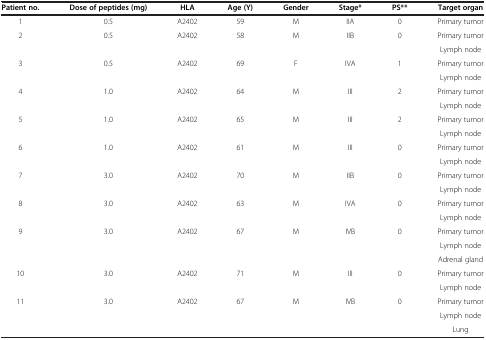
<table><thead><tr><td><b>Patient no.</b></td><td><b>Dose of peptides (mg)</b></td><td><b>HLA</b></td><td><b>Age (Y)</b></td><td><b>Gender</b></td><td><b>Stage*</b></td><td><b>PS**</b></td><td><b>Target organ</b></td></tr></thead><tbody><tr><td>1</td><td>0.5</td><td>A2402</td><td>59</td><td>M</td><td>IIA</td><td>0</td><td>Primary tumor</td></tr><tr><td rowspan="2">2</td><td rowspan="2">0.5</td><td rowspan="2">A2402</td><td rowspan="2">58</td><td rowspan="2">M</td><td rowspan="2">IIB</td><td rowspan="2">0</td><td>Primary tumor</td></tr><tr><td>Lymph node</td></tr><tr><td rowspan="2">3</td><td rowspan="2">0.5</td><td rowspan="2">A2402</td><td rowspan="2">69</td><td rowspan="2">F</td><td rowspan="2">IVA</td><td rowspan="2">1</td><td>Primary tumor</td></tr><tr><td>Lymph node</td></tr><tr><td rowspan="2">4</td><td rowspan="2">1.0</td><td rowspan="2">A2402</td><td rowspan="2">64</td><td rowspan="2">M</td><td rowspan="2">III</td><td rowspan="2">2</td><td>Primary tumor</td></tr><tr><td>Lymph node</td></tr><tr><td rowspan="2">5</td><td rowspan="2">1.0</td><td rowspan="2">A2402</td><td rowspan="2">65</td><td rowspan="2">M</td><td rowspan="2">III</td><td rowspan="2">2</td><td>Primary tumor</td></tr><tr><td>Lymph node</td></tr><tr><td rowspan="2">6</td><td rowspan="2">1.0</td><td rowspan="2">A2402</td><td rowspan="2">61</td><td rowspan="2">M</td><td rowspan="2">III</td><td rowspan="2">0</td><td>Primary tumor</td></tr><tr><td>Lymph node</td></tr><tr><td rowspan="2">7</td><td rowspan="2">3.0</td><td rowspan="2">A2402</td><td rowspan="2">70</td><td rowspan="2">M</td><td rowspan="2">IIB</td><td rowspan="2">0</td><td>Primary tumor</td></tr><tr><td>Lymph node</td></tr><tr><td rowspan="2">8</td><td rowspan="2">3.0</td><td rowspan="2">A2402</td><td rowspan="2">63</td><td rowspan="2">M</td><td rowspan="2">IVA</td><td rowspan="2">0</td><td>Primary tumor</td></tr><tr><td>Lymph node</td></tr><tr><td rowspan="3">9</td><td rowspan="3">3.0</td><td rowspan="3">A2402</td><td rowspan="3">67</td><td rowspan="3">M</td><td rowspan="3">IVB</td><td rowspan="3">0</td><td>Primary tumor</td></tr><tr><td>Lymph node</td></tr><tr><td>Adrenal gland</td></tr><tr><td rowspan="2">10</td><td rowspan="2">3.0</td><td rowspan="2">A2402</td><td rowspan="2">71</td><td rowspan="2">M</td><td rowspan="2">III</td><td rowspan="2">0</td><td>Primary tumor</td></tr><tr><td>Lymph node</td></tr><tr><td rowspan="3">11</td><td rowspan="3">3.0</td><td rowspan="3">A2402</td><td rowspan="3">67</td><td rowspan="3">M</td><td rowspan="3">IVB</td><td rowspan="3">0</td><td>Primary tumor</td></tr><tr><td>Lymph node</td></tr><tr><td>Lung</td></tr></tbody></table>